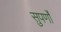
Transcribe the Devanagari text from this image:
सुपर्णों